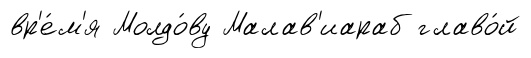
вр'е́м'я Молдо́ву Малав'иараб главо́й